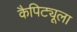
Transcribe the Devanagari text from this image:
कैपिट्यूला